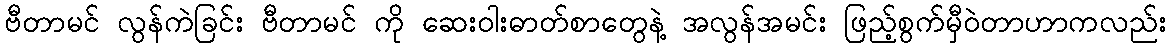
ဗီတာမင် လွန်ကဲခြင်း ဗီတာမင် ကို ဆေးဝါးဓာတ်စာတွေနဲ့ အလွန်အမင်း ဖြည့်စွက်မှီဝဲတာဟာကလည်း